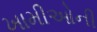
ખામીઓની